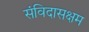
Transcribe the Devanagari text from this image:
संविदासक्षम